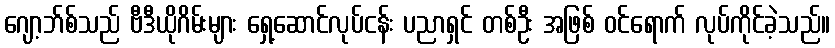
ဂျော့ဘ်စ်သည် ဗီဒီယိုဂိမ်းများ ရှေ့ဆောင်လုပ်ငန်း ပညာရှင် တစ်ဦး အဖြစ် ဝင်ရောက် လုပ်ကိုင်ခဲ့သည်။